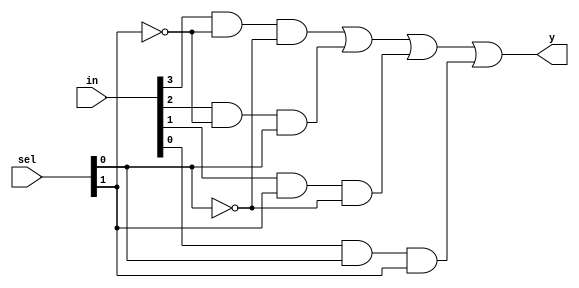
module mux4x1(in,sel,y);
input [0:3] in;
input [0:1] sel;
wire w1,w2,w3,w4,n0,n1;
output y;

not (n0,sel[0]);
not (n1,sel[1]);

and (w1,in[0],n0,n1);
and (w2,in[1],n0,sel[1]);
and (w3,in[2],sel[0],n1);
and (w4,in[3],sel[1],sel[0]);

or (y,w1,w2,w3,w4);

endmodule